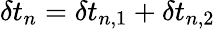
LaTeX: \delta t_{n}=\delta t_{n,1}+\delta t_{n,2}